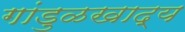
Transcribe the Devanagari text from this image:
गांडुळखाद्य